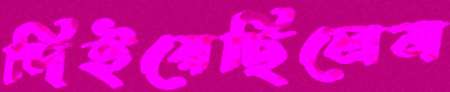
দিইয়েছিলেম